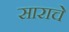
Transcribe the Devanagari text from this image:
साराचे